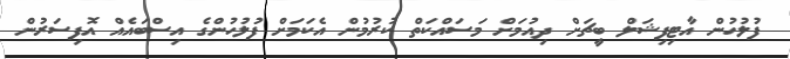
ފުލުހުން އާޓިފިޝަލް ބީޗަށް ދިއުމަށް މަސައްކަތް ކުރުމުން އެކަމަށް ފުލުހުންގެ އިސްބައެއް އޮފިސަރުން